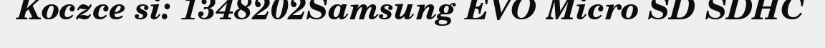
Koczce si: 1348202Samsung EVO Micro SD SDHC